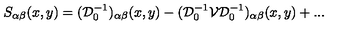
S _ { \alpha \beta } ( x , y ) = ( { \mathcal D } _ { 0 } ^ { - 1 } ) _ { \alpha \beta } ( x , y ) - ( { \mathcal D } _ { 0 } ^ { - 1 } { \mathcal V } { \mathcal D } _ { 0 } ^ { - 1 } ) _ { \alpha \beta } ( x , y ) + . . .